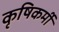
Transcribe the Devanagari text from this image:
कृषिकर्मी